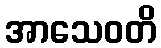
အာသေဝတိ